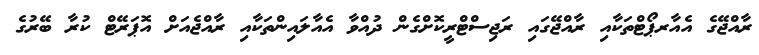
ރާއްޖޭގެ އެއާރޕޯޓްތަކާއި ރާއްޖޭގައި ރަޖިސްޓްރީކޮށްގެން ދުއްވާ އެއާލައިންތަކާއި ރާއްޖެއަށް އޮޕަރޭޓް ކުރާ ބޭރުގެ